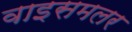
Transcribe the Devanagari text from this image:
वाइसमलर